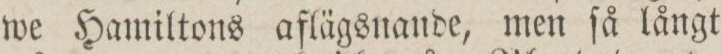
we Hamiltons aflägsnande, men ſå långt